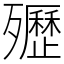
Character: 㱹